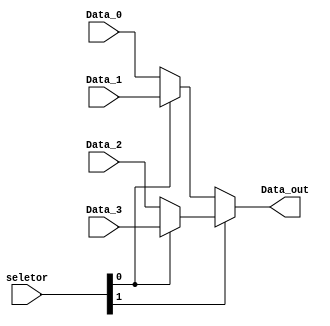
module MUX_2(
	input wire [1:0] seletor,
	input wire [31:0] Data_0, // valor de PC 00
	input wire [31:0] Data_1, // ALUOut 01
	input wire [31:0] Data_2, // ALUResult 10
	input wire [31:0] Data_3, // overflow 11
	output wire [31:0] Data_out 
);
	wire [31:0] A1;
	wire [31:0] A2;
	
	assign A1 = (seletor[0]) ? Data_1 : Data_0;
	assign A2 = (seletor[0]) ? Data_3 : Data_2;
	assign Data_out = (seletor[1]) ? A2 : A1;

endmodule